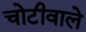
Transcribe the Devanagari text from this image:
चोटीवाले